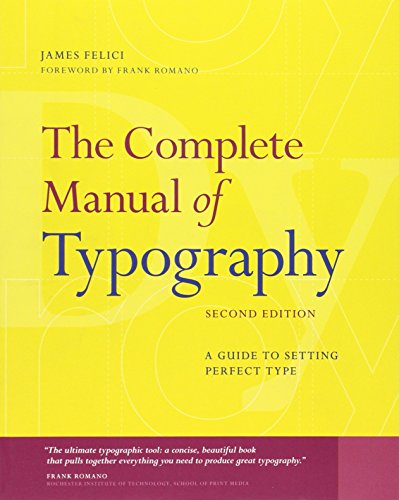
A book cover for The Complete Manual of Typography: A Guide to Setting Perfect Type (2nd Edition); Jim Felici; Arts & Photography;